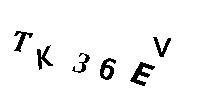
TK36EV